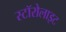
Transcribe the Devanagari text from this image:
स्टॉरोलाइट